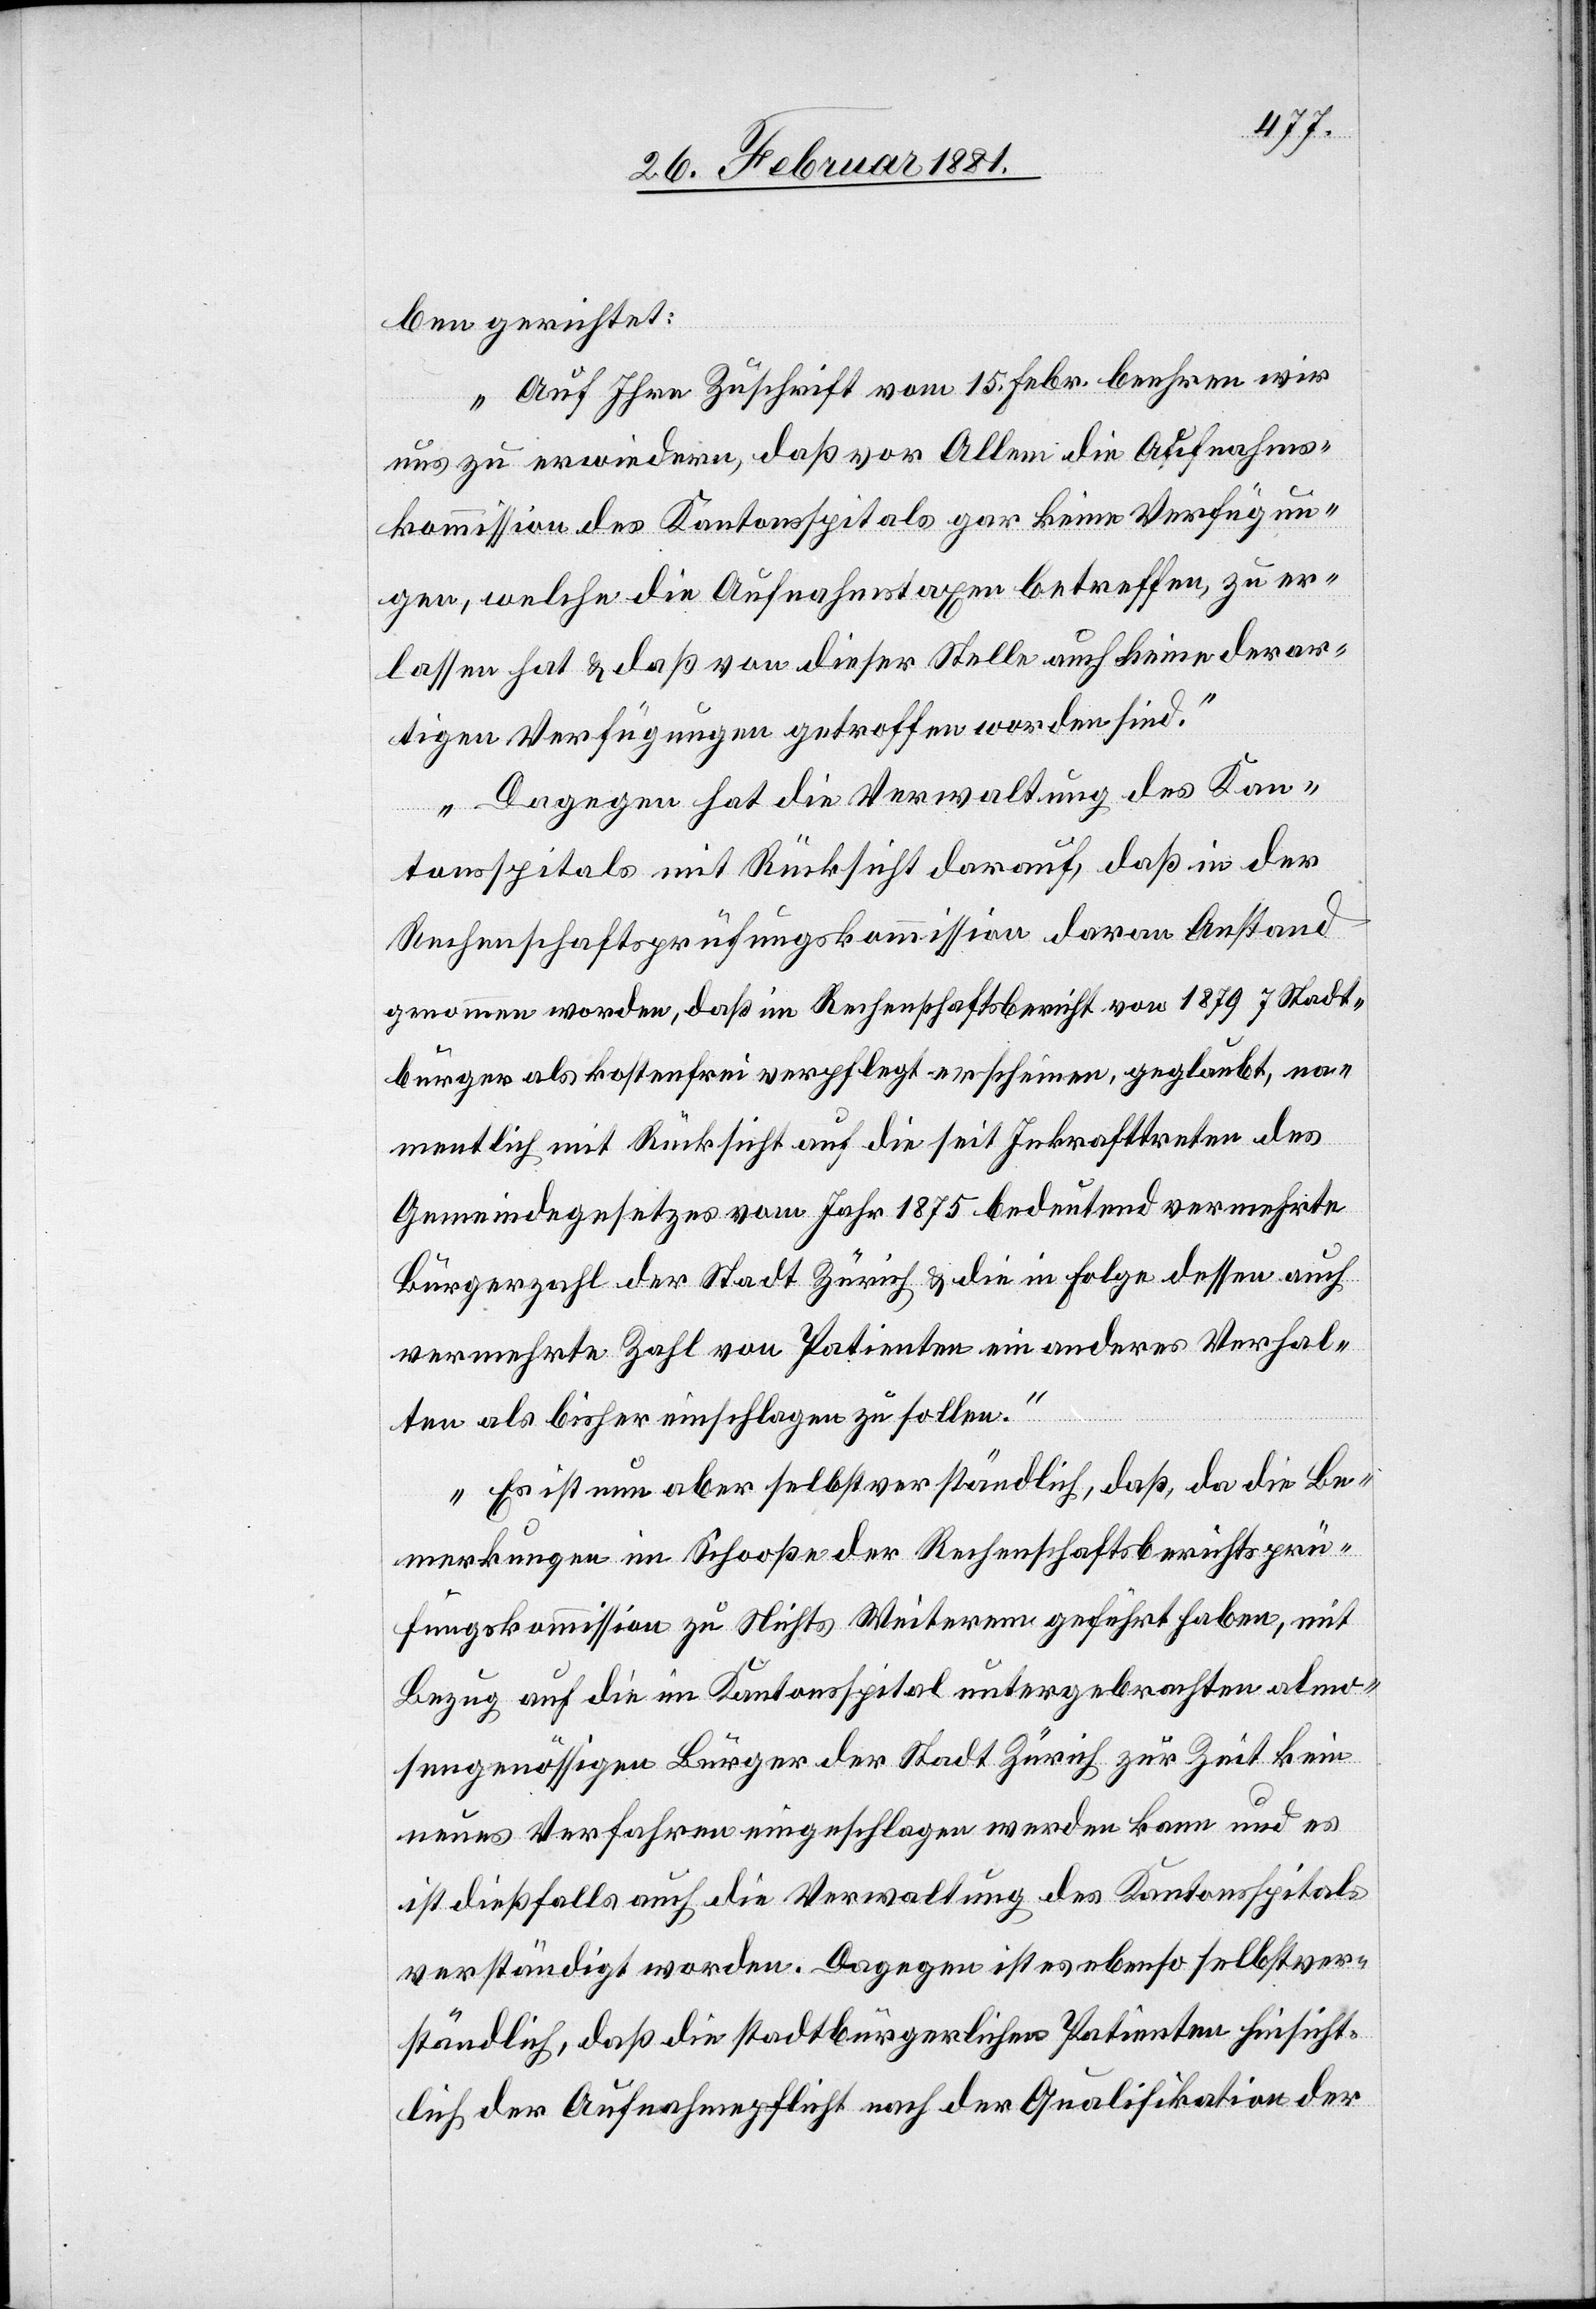
ben gerichtet:
„Auf Ihre Zuschrift vom 15. Febr. beehren wir
uns zu erwiedern, daß vor Allem die Aufnahms¬
kommission des Kantonsspitals gar keine Verfügun¬
gen, welche die Aufnahmstaxen betreffen, zu er¬
lassen hat, daß von dieser Stelle auch keine derar¬
tigen Verfügungen getroffen worden sind.
Dagegen hat die Verwaltung des Kan¬
tonsspitals mit Rücksicht darauf, daß in der
Rechenschaftsprüfungskommission daran Anstand
genommen worden, daß im Rechenschaftsbericht von 1879 7 Stadt¬
bürger als kostenfrei verpflegt erscheinen, geglaubt, na¬
mentlich mit Rücksicht auf die seit Inkrafttreten des
Gemeindegesetzes vom Jahr 1875 bedeutend vermehrte
Bürgerzahl der Stadt Zürich & die in Folge dessen auch
vermehrte Zahl von Patienten ein anderes Verhal¬
ten als bisher einschlagen zu sollen.
Es ist nun aber selbstverständlich, daß, da die Be¬
merkungen im Schooße der Rechenschaftsberichtsprü¬
fungskommission zu Nichts Weiterem geführt haben, mit
Bezug auf die im Kantonsspital untergebrachten almo¬
sengenössigen Bürger der Stadt Zürich zur Zeit kein
neues Verfahren eingeschlagen werden kann und es
ist dießfalls auch die Verwaltung des Kantonsspitals
verständigt worden. Dagegen ist es ebenso selbstver¬
ständlich, daß die stadtbürgerlichen Patienten hinsicht¬
lich der Aufnahmepflicht nach der Qualifikation der